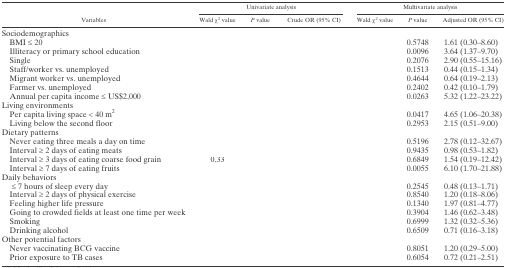
<table><thead><tr><td rowspan="2"><b>Variables</b></td><td colspan="3"><b>Univariate analysis</b></td><td colspan="3"><b>Multivariate analysis</b></td></tr><tr><td><b>Wald χ<sup>2</sup> value</b></td><td><b><i>P</i> value</b></td><td><b>Crude OR (95% CI)</b></td><td><b>Wald χ<sup>2</sup> value</b></td><td><b><i>P</i> value</b></td><td><b>Adjusted OR (95% CI)</b></td></tr></thead><tbody><tr><td colspan="7">Sociodemographics</td></tr><tr><td> BMI ≤ 20</td><td>[EMPTY_CELL]</td><td>[EMPTY_CELL]</td><td>[EMPTY_CELL]</td><td>[EMPTY_CELL]</td><td>0.5748</td><td>1.61 (0.30–8.60)</td></tr><tr><td> Illiteracy or primary school education</td><td>[EMPTY_CELL]</td><td>[EMPTY_CELL]</td><td>[EMPTY_CELL]</td><td>[EMPTY_CELL]</td><td>0.0096</td><td>3.64 (1.37–9.70)</td></tr><tr><td> Single</td><td>[EMPTY_CELL]</td><td>[EMPTY_CELL]</td><td>[EMPTY_CELL]</td><td>[EMPTY_CELL]</td><td>0.2076</td><td>2.90 (0.55–15.16)</td></tr><tr><td> Staff/worker vs. unemployed</td><td>[EMPTY_CELL]</td><td>[EMPTY_CELL]</td><td>[EMPTY_CELL]</td><td>[EMPTY_CELL]</td><td>0.1513</td><td>0.44 (0.15–1.34)</td></tr><tr><td> Migrant worker vs. unemployed</td><td>[EMPTY_CELL]</td><td>[EMPTY_CELL]</td><td>[EMPTY_CELL]</td><td>[EMPTY_CELL]</td><td>0.4644</td><td>0.64 (0.19–2.13)</td></tr><tr><td> Farmer vs. unemployed</td><td>[EMPTY_CELL]</td><td>[EMPTY_CELL]</td><td>[EMPTY_CELL]</td><td>[EMPTY_CELL]</td><td>0.2402</td><td>0.42 (0.10–1.79)</td></tr><tr><td> Annual per capita income ≤ US$2,000</td><td>[EMPTY_CELL]</td><td>[EMPTY_CELL]</td><td>[EMPTY_CELL]</td><td>[EMPTY_CELL]</td><td>0.0263</td><td>5.32 (1.22–23.22)</td></tr><tr><td colspan="7">Living environments</td></tr><tr><td> Per capita living space &lt; 40 m<sup>2</sup></td><td>[EMPTY_CELL]</td><td>[EMPTY_CELL]</td><td>[EMPTY_CELL]</td><td>[EMPTY_CELL]</td><td>0.0417</td><td>4.65 (1.06–20.38)</td></tr><tr><td> Living below the second floor</td><td>[EMPTY_CELL]</td><td>[EMPTY_CELL]</td><td>[EMPTY_CELL]</td><td>[EMPTY_CELL]</td><td>0.2953</td><td>2.15 (0.51–9.00)</td></tr><tr><td colspan="7">Dietary patterns</td></tr><tr><td> Never eating three meals a day on time</td><td>[EMPTY_CELL]</td><td>[EMPTY_CELL]</td><td>[EMPTY_CELL]</td><td>[EMPTY_CELL]</td><td>0.5196</td><td>2.78 (0.12–32.67)</td></tr><tr><td> Interval ≥ 2 days of eating meats</td><td>[EMPTY_CELL]</td><td>[EMPTY_CELL]</td><td>[EMPTY_CELL]</td><td>[EMPTY_CELL]</td><td>0.9435</td><td>0.98 (0.53–1.82)</td></tr><tr><td> Interval ≥ 3 days of eating coarse food grain</td><td>0.33</td><td>[EMPTY_CELL]</td><td>[EMPTY_CELL]</td><td>[EMPTY_CELL]</td><td>0.6849</td><td>1.54 (0.19–12.42)</td></tr><tr><td> Interval ≥ 7 days of eating fruits</td><td>[EMPTY_CELL]</td><td>[EMPTY_CELL]</td><td>[EMPTY_CELL]</td><td>[EMPTY_CELL]</td><td>0.0055</td><td>6.10 (1.70–21.88)</td></tr><tr><td colspan="7">Daily behaviors</td></tr><tr><td>≤ 7 hours of sleep every day</td><td>[EMPTY_CELL]</td><td>[EMPTY_CELL]</td><td>[EMPTY_CELL]</td><td>[EMPTY_CELL]</td><td>0.2545</td><td>0.48 (0.13–1.71)</td></tr><tr><td> Interval ≥ 2 days of physical exercise</td><td>[EMPTY_CELL]</td><td>[EMPTY_CELL]</td><td>[EMPTY_CELL]</td><td>[EMPTY_CELL]</td><td>0.8540</td><td>1.20 (0.18–8.06)</td></tr><tr><td> Feeling higher life pressure</td><td>[EMPTY_CELL]</td><td>[EMPTY_CELL]</td><td>[EMPTY_CELL]</td><td>[EMPTY_CELL]</td><td>0.1340</td><td>1.97 (0.81–4.77)</td></tr><tr><td> Going to crowded fields at least one time per week</td><td>[EMPTY_CELL]</td><td>[EMPTY_CELL]</td><td>[EMPTY_CELL]</td><td>[EMPTY_CELL]</td><td>0.3904</td><td>1.46 (0.62–3.48)</td></tr><tr><td> Smoking</td><td>[EMPTY_CELL]</td><td>[EMPTY_CELL]</td><td>[EMPTY_CELL]</td><td>[EMPTY_CELL]</td><td>0.6999</td><td>1.32 (0.32–5.36)</td></tr><tr><td> Drinking alcohol</td><td>[EMPTY_CELL]</td><td>[EMPTY_CELL]</td><td>[EMPTY_CELL]</td><td>[EMPTY_CELL]</td><td>0.6509</td><td>0.71 (0.16–3.18)</td></tr><tr><td colspan="7">Other potential factors</td></tr><tr><td> Never vaccinating BCG vaccine</td><td>[EMPTY_CELL]</td><td>[EMPTY_CELL]</td><td>[EMPTY_CELL]</td><td>[EMPTY_CELL]</td><td>0.8051</td><td>1.20 (0.29–5.00)</td></tr><tr><td> Prior exposure to TB cases</td><td>[EMPTY_CELL]</td><td>[EMPTY_CELL]</td><td>[EMPTY_CELL]</td><td>[EMPTY_CELL]</td><td>0.6054</td><td>0.72 (0.21–2.51)</td></tr></tbody></table>